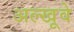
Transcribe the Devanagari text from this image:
अल्खूवे